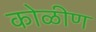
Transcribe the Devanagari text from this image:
कोळीण